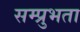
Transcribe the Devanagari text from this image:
सम्प्रुभता